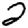
Digit: 2